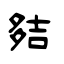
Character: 夡